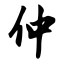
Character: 仲